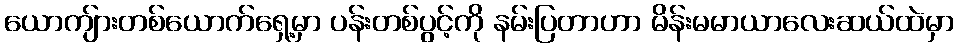
ယောကျ်ားတစ်ယောက်ရှေ့မှာ ပန်းတစ်ပွင့်ကို နမ်းပြတာဟာ မိန်းမမာယာလေးဆယ်ထဲမှာ